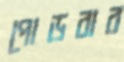
পোড়বার